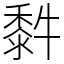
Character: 䵓